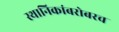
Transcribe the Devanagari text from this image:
स्थानिकांबरोबरच